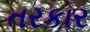
તરકાર